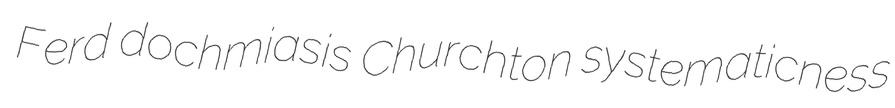
Ferd dochmiasis Churchton systematicness